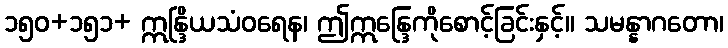
၁၅၀+၁၅၁+ ဣန္ဒြိယသံဝရေန၊ ဤဣန္ဒြေကိုစောင့်ခြင်းနှင့်။ သမန္နာဂတော၊